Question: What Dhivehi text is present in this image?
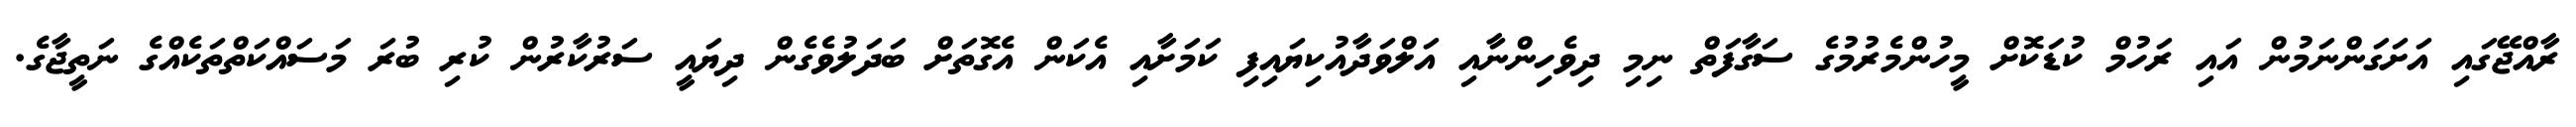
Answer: ރާއްޖޭގައި އަށަގަންނަމުން އައި ރަހުމް ކުޑަކޮށް މީހުންމެރުމުގެ ސަގާފަތް ނިމި ދިވެހިންނާއި އަލްވަދާއުކިޔައިފި ކަމަށާއި އެކަން އެގޮތަށް ބަދަލުވެގެން ދިޔައީ ސަރުކާރުން ކުރި ބުރަ މަސައްކަތްތަކެއްގެ ނަތީޖާގެ.